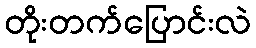
တိုးတက်ပြောင်းလဲ